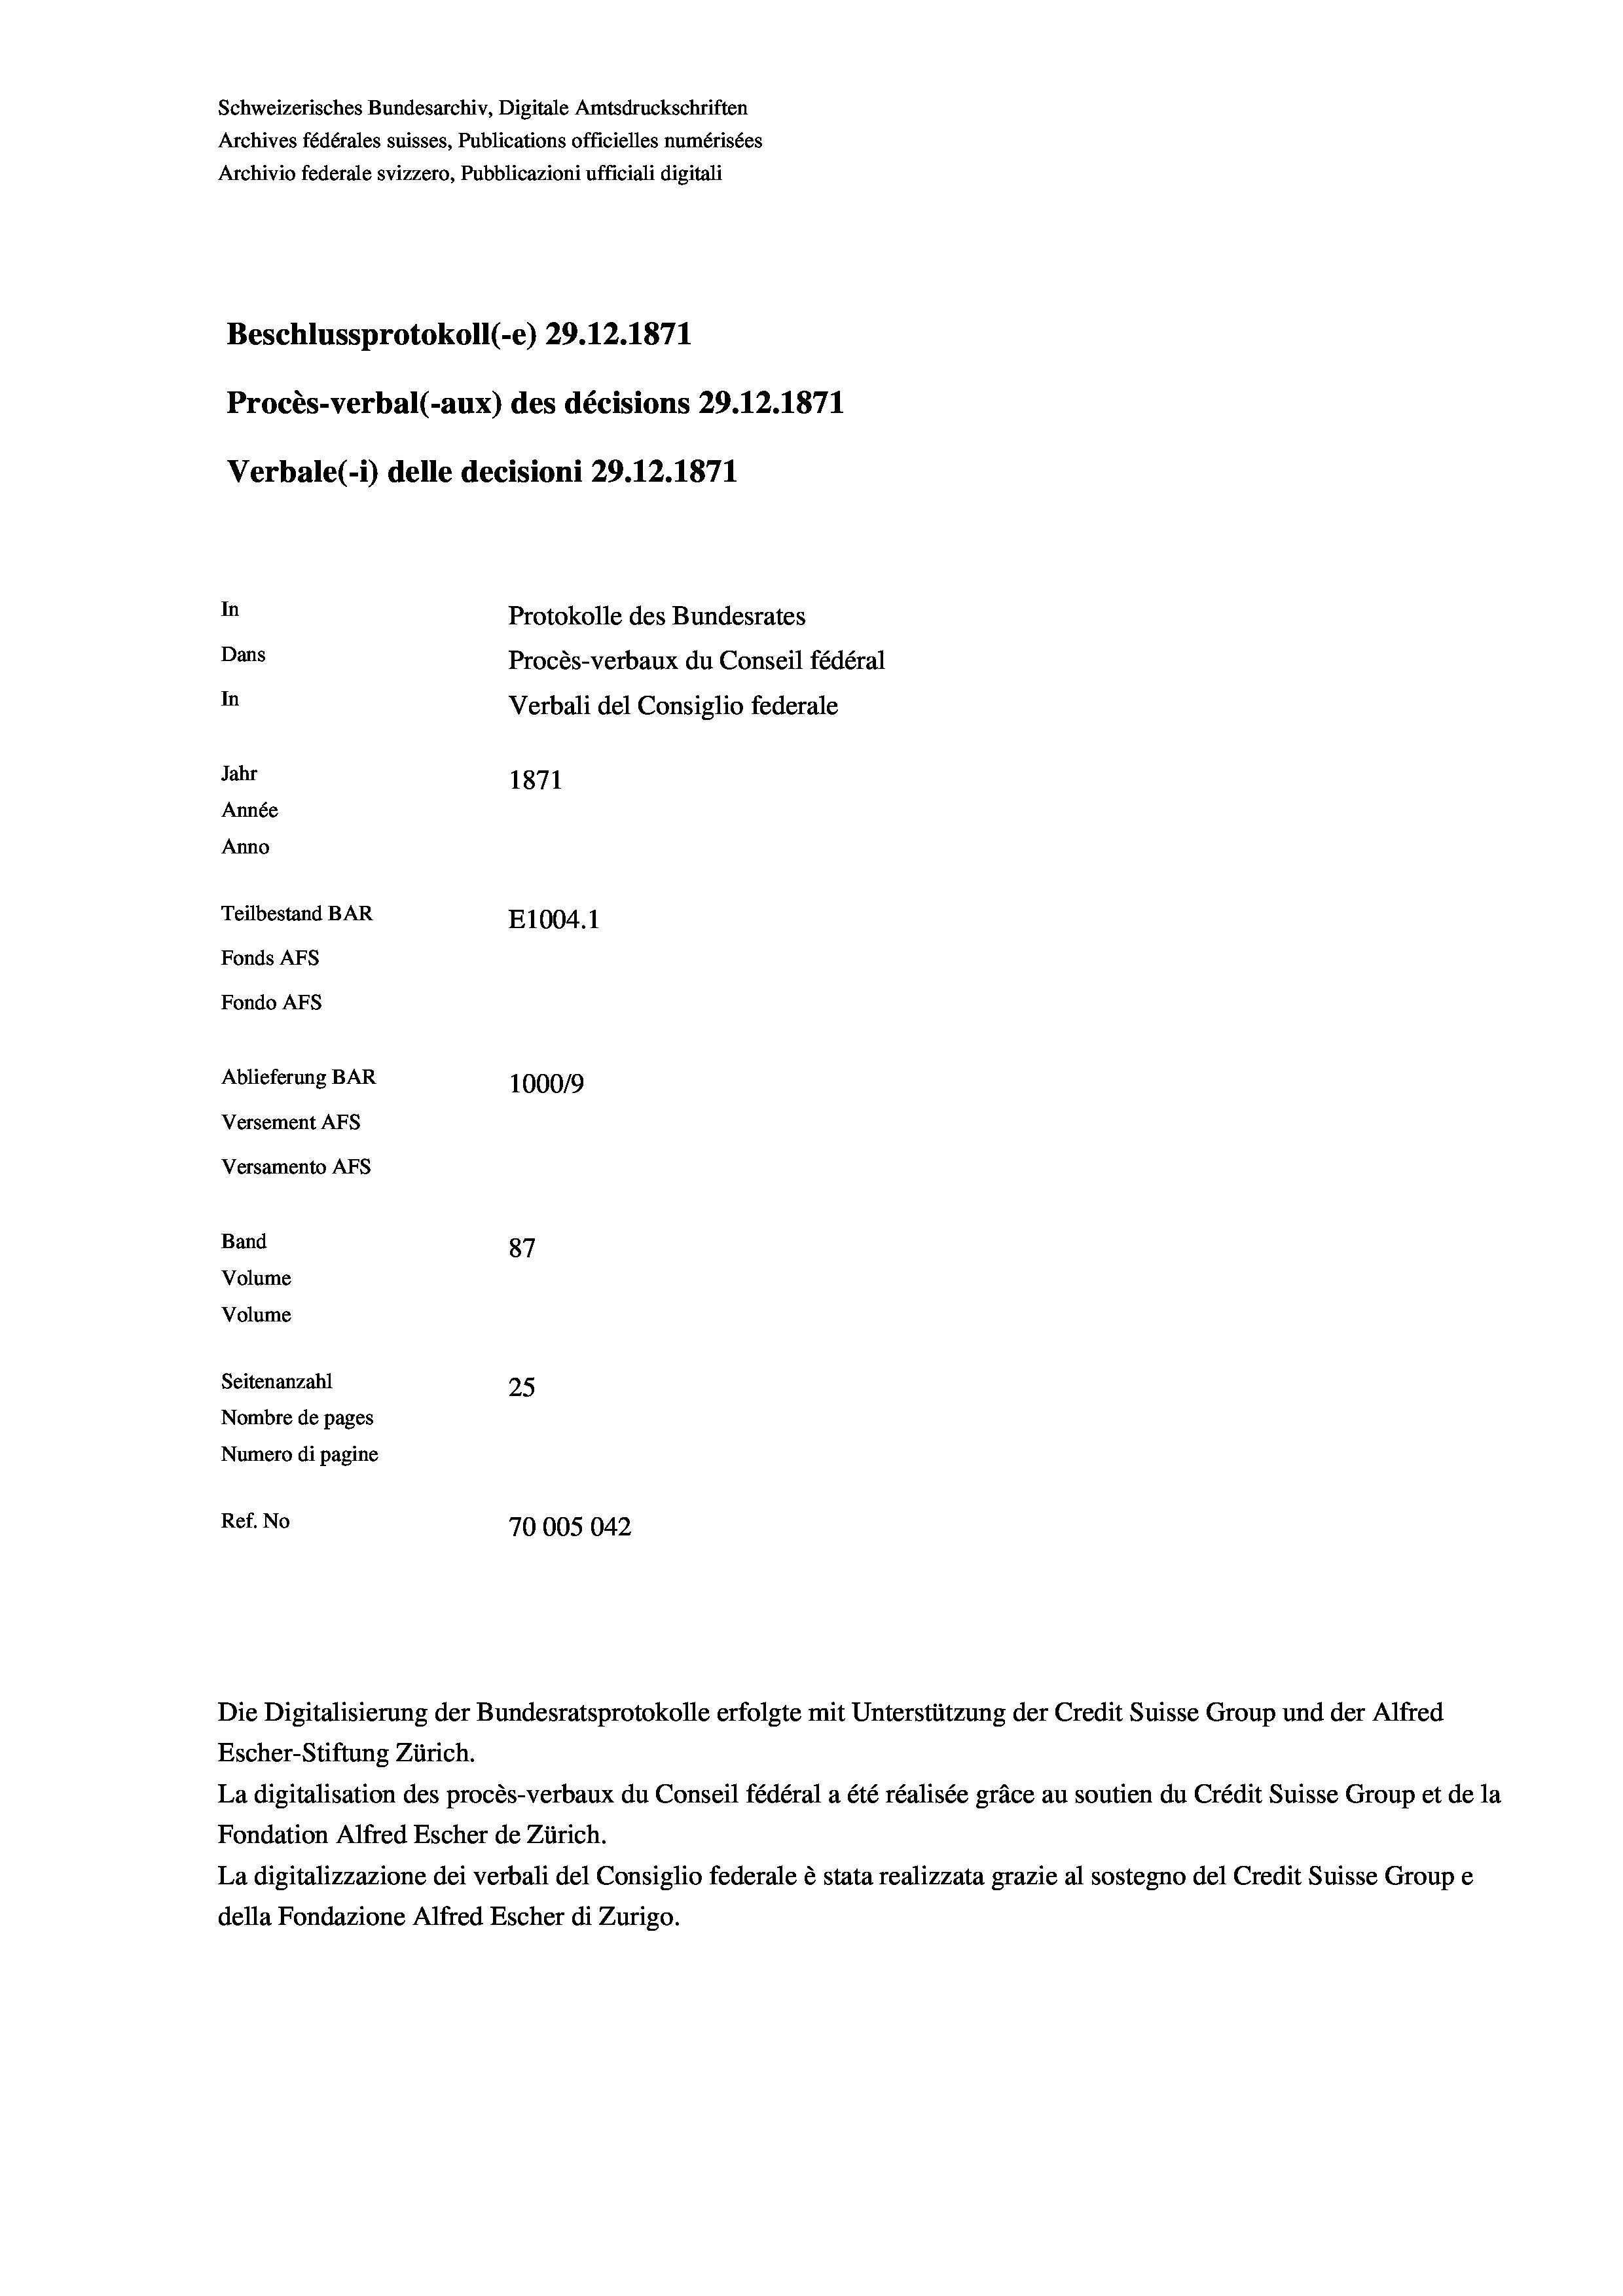
Schweizerisches Bundesarchiv, Digitale Amtsdruckschriften
Archives fédérales suisses, Publications officielles numérisées
Archivio federale svizzero, Pubblicazioni ufficiali digitali
Beschlussprotokoll (-e) 29. 12. 1871
Procès-verbal (-aux) des décisions 29.12.1871
Verbale(*) delle decisioni 29. 12. 1871
In
Protokolle des Bundesrates
Dans
Procès-verbaux du Conseil fédéral
In
Verbali del Consiglio federale
Jahr
1871
Année
Anno
Teilbestand BAR
E1004.1
Fonds AFs
Fondo AFs
Ablieferung BAR
1000/9
Versement Abs
Versamento AFs
Band
87
Volume
Volume
Seitenanzahl
25
Nombre de pages
Numero di pagine
Ref. No
70005042

La digitalisation des procès-verbaux du Conseil fédéral a été réalisée gräce au soutien du Crédit Suisse Group et de la
Fondation Alfred Escher de Zürich.
La digitalizzazione dei verbali del Consiglio federale è stata realizzata grazie al sostegno del Credit Suisse Groupe
della Fondazione Alfred Escher di Zurigo.

Die Digitalisierung der Bundesratsprotokolle erfolgte mit Unterstützung der Credit Suisse Group und der Alfred
Escher-Stiftung Zürich.